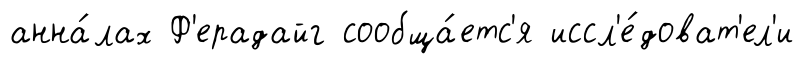
анна́лах Ф'ерадайг сообща́етс'я иссл'е́доват'ел'и